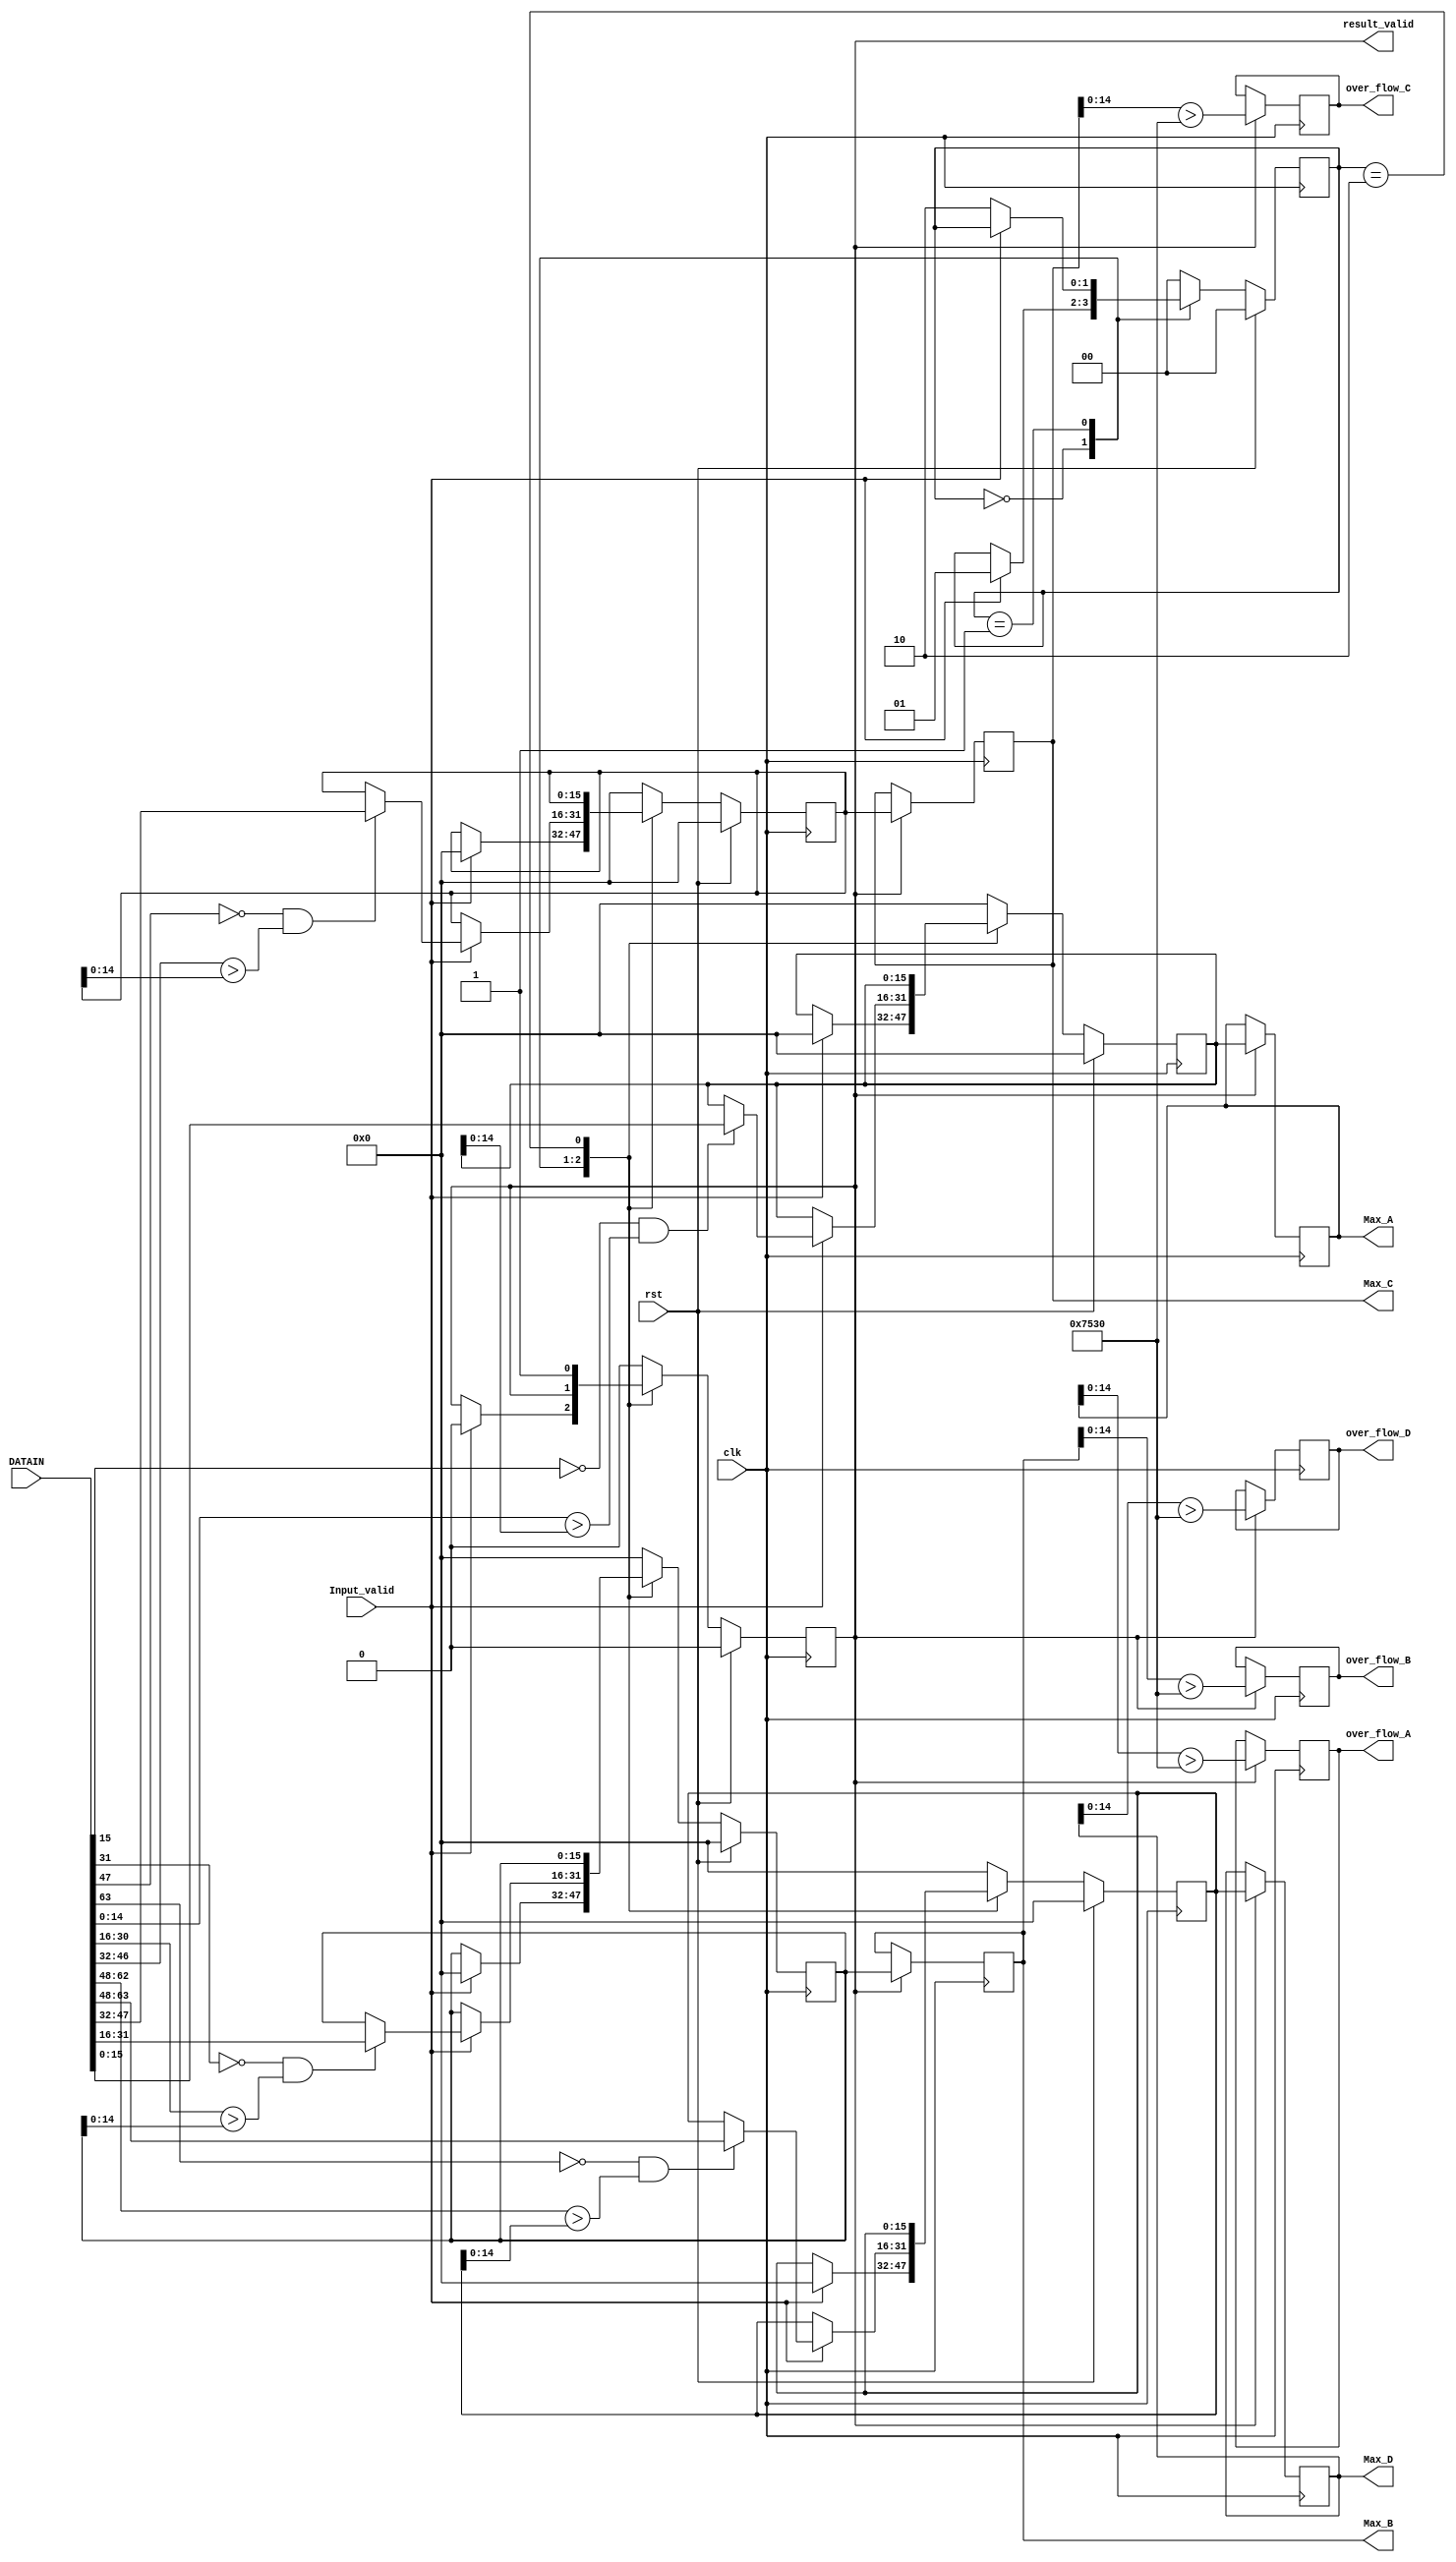
`timescale 1ns / 1ps
//////////////////////////////////////////////////////////////////////////////////
// Company: 
// Engineer: 
// 
// Design Name: 
// Module Name:    Max 
// Project Name: 
// Target Devices: 
// Tool versions: 
// Description: 
//
// Dependencies: 
//
// Revision: 
// Revision 0.01 - File Created
// Additional Comments: 
//
//////////////////////////////////////////////////////////////////////////////////
module Max(
   
	input Input_valid,
	
	input [63:0] DATAIN,	//data from ADC deserializer
	input clk,
	input rst,
	
	output reg [15:0] Max_A,
	output reg [15:0] Max_B,
	output reg [15:0] Max_C,
	output reg [15:0] Max_D,

	output reg over_flow_A,
	output reg over_flow_B,
	output reg over_flow_C,
	output reg over_flow_D,
	
	output reg result_valid
	
    );

parameter  	ADC_BIT_WIDTH = 16;
parameter  	DATA_WIDTH = 16;
parameter   ADC_TH = 30000;  //16 bit ADC threshold value (max 32768), beyond this will be regarded as overflow.

wire [ADC_BIT_WIDTH-1:0] din_a = DATAIN[15:0];
wire [ADC_BIT_WIDTH-1:0] din_b = DATAIN[31:16];
wire [ADC_BIT_WIDTH-1:0] din_c = DATAIN[47:32];
wire [ADC_BIT_WIDTH-1:0] din_d = DATAIN[63:48];

parameter idle = 0, compare_1 = 1, done = 2;
		  

reg [1:0] state;
reg [DATA_WIDTH-1:0] Old_Max_A,Old_Max_B,Old_Max_C,Old_Max_D;

//wire Abs_a[14:0] = din_a[15]? ~din_a[14:0] + 1
//					  : din_a[14:0];				  
//wire Abs_b[14:0] = din_b[15]? ~din_b[14:0] + 1
//					  : din_b[14:0];
//wire Abs_c[14:0] = din_c[15]? ~din_c[14:0] + 1
//					  : din_c[14:0];
//wire Abs_d[14:0] = din_d[15]? ~din_d[14:0] + 1
//					  : din_d[14:0];
					  
always @ (posedge clk)
begin
	if(rst)	
		begin 
			Old_Max_A <= 0; Old_Max_B <= 0; Old_Max_C <= 0; Old_Max_D <= 0;	
			result_valid <= 0;
			state <= idle;
		end
	else 
		case(state)
				idle: 
					if(Input_valid)  
						begin 
							Old_Max_A <= 0; Old_Max_B <= 0; Old_Max_C <= 0; Old_Max_D <= 0;
							result_valid <= 0;
							state <= compare_1; 
						end	
				compare_1:		
					begin 
						if (Input_valid) 
							begin 
								if ((din_a[15]==0) && (din_a[14:0] > Old_Max_A[14:0])) Old_Max_A <= din_a;
								if ((din_b[15]==0) && (din_b[14:0] > Old_Max_B[14:0])) Old_Max_B <= din_b;
								if ((din_c[15]==0) && (din_c[14:0] > Old_Max_C[14:0])) Old_Max_C <= din_c;	
								if ((din_d[15]==0) && (din_d[14:0] > Old_Max_D[14:0])) Old_Max_D <= din_d;
							end
						else 	state <= done;		
					end
				done: 
					begin
						result_valid <= 1;
						state <= idle;
					end
				default:
					begin 
							Old_Max_A <= 0; Old_Max_B <= 0; Old_Max_C <= 0; Old_Max_D <= 0;
							result_valid <= 0;
							state <= idle; 
					end
		endcase			
end

always @ (posedge clk)
	if (result_valid) 
		begin 		
			Max_A <= Old_Max_A; Max_B <= Old_Max_B; Max_C <= Old_Max_C; Max_D <= Old_Max_D;
			over_flow_A <= (Max_A[14:0] > ADC_TH); 
			over_flow_B <= (Max_B[14:0] > ADC_TH);
			over_flow_C <= (Max_C[14:0] > ADC_TH);
			over_flow_D <= (Max_D[14:0] > ADC_TH);
		end	

endmodule